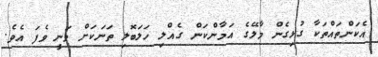
އެކަންތައްތަކާ ގުޅިގެން މާލޭގެ އަމާންކަން ގެއްލި ހަލަބޮލި ތަނަކަށް ވަނީ ވެފަ އެވެ.